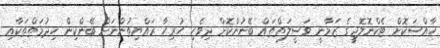
ހާއްސަކޮށް ޓެކްނޮލޮޖީގެ ޒަމާނީ ވަސީލަތްތައް ބޭނުންކޮށް ދިވެހި ހުރިހާ ރައްޔިތުންނަށް ބޭންކިން ހިދުމަތްތަކާއި